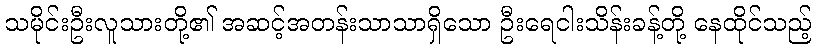
သမိုင်းဦးလူသားတို့၏ အဆင့်အတန်းသာသာရှိသော ဦးရေငါးသိန်းခန့်တို့ နေထိုင်သည့်